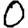
Digit: 0